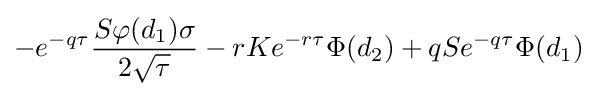
-e^{-q\tau }{\frac {S\varphi (d_{1})\sigma }{2{\sqrt {\tau }}}}-rKe^{-r\tau }\Phi (d_{2})+qSe^{-q\tau }\Phi (d_{1})